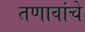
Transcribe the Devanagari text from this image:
तणावांचे